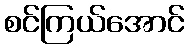
စင်ကြယ်အောင်